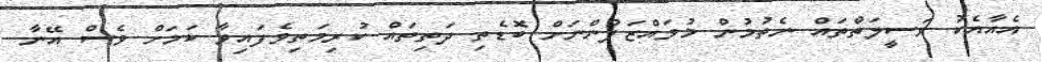
އެއާއެކު ވަސީލަތްތައް ނެތުމުން މުވައްޒަފުންނަށް ބޮޑެތި ދަތިތައް ކުރިމަތިވެފައިވާ ކަމަށް ވެސް އޭނާ